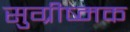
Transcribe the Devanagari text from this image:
सुग्रीष्मक